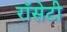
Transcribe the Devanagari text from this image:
रॉसेटी